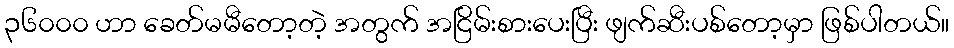
၃၆၀၀၀ ဟာ ခေတ်မမီတော့တဲ့ အတွက် အငြိမ်းစားပေးပြီး ဖျက်ဆီးပစ်တော့မှာ ဖြစ်ပါတယ်။